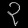
Digit: ၃